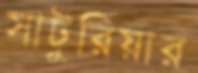
সাটুরিয়ার